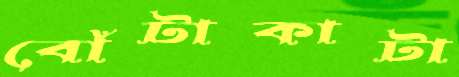
বোঁটাকাটা